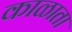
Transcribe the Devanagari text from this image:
काळाता